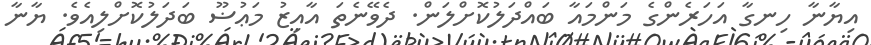
އިޔާނާ ހިނގާ އަހަރެންގެ މަންމައާ ބައްދަލުކޮށްލަން. ދެވޭނެތަ އާއިޒު މަޢުޟޫ ބަދަލުކޮށްލިއެވެ. ޔާނާ